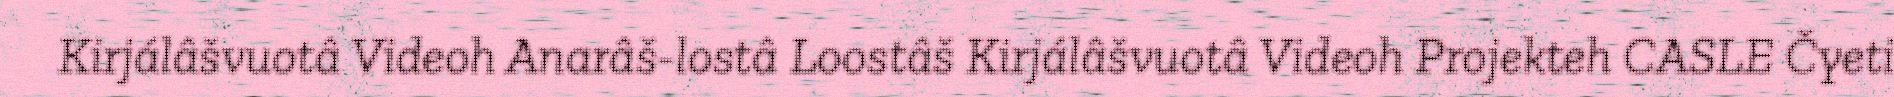
Kirjálâšvuotâ Videoh Anarâš-lostâ Loostâš Kirjálâšvuotâ Videoh Projekteh CASLE Čyeti